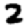
Digit: 2